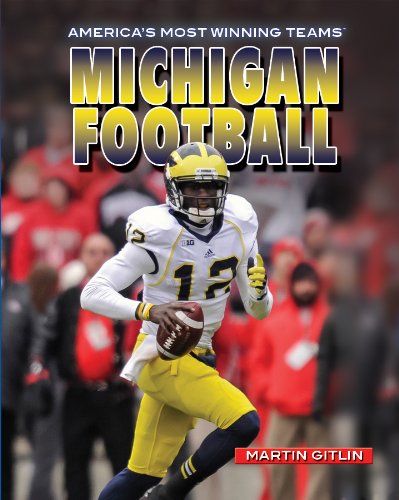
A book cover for Michigan Football (America's Most Winning Teams); Martin Gitlin; Teen & Young Adult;